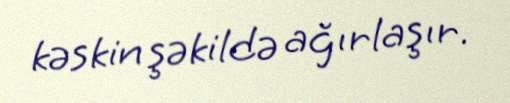
kəskin şəkildə ağırlaşır.